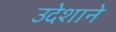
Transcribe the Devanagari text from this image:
उदेशाने